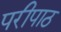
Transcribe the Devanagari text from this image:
परीपाठ